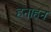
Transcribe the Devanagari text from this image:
हनाहन